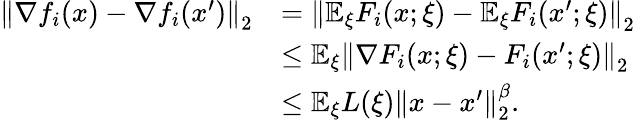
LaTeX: \begin{array}{rl}{\left\Vert\nabla f_{i}(x)-\nabla f_{i}(x^{\prime})\right\Vert_{2}}&{=\left\Vert\mathbb{E}_{\xi}F_{i}(x;\xi)-\mathbb{E}_{\xi}F_{i}(x^{\prime};\xi)\right\Vert_{2}}\\ &{\leq\mathbb{E}_{\xi}\left\Vert\nabla F_{i}(x;\xi)-F_{i}(x^{\prime};\xi)\right\Vert_{2}}\\ &{\leq\mathbb{E}_{\xi}L(\xi)\left\Vert x-x^{\prime}\right\Vert_{2}^{\beta}.}\end{array}